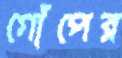
গোঁপের